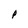
Character: P